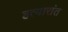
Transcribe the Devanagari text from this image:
हत्यारांत